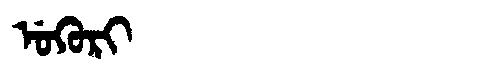
Manchu: ᡠᡴᡠᡵᡳ
Romanization: UKURI